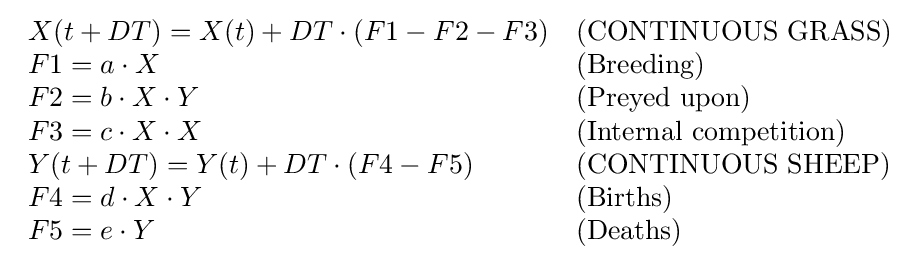
{\begin{array}{lll}X(t+DT)=X(t)+DT\cdot (F1-F2-F3)&{\text{(CONTINUOUS GRASS)}}\\F1=a\cdot X&{\text{(Breeding)}}\\F2=b\cdot X\cdot Y&{\text{(Preyed upon)}}\\F3=c\cdot X\cdot X&{\text{(Internal competition)}}\\Y(t+DT)=Y(t)+DT\cdot (F4-F5)&{\text{(CONTINUOUS SHEEP)}}\\F4=d\cdot X\cdot Y&{\text{(Births)}}\\F5=e\cdot Y&{\text{(Deaths)}}\\\end{array}}